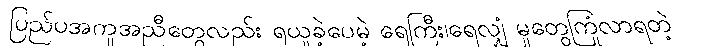
ပြည်ပအကူအညီတွေလည်း ရယူခဲ့ပေမဲ့ ရေကြီး၊ရေလျှံ မှုတွေကြုံလာရတဲ့